Report of an investigation of the epidemic of malarial fever in Assam, or, kala-azar
Disease focus: Malaria
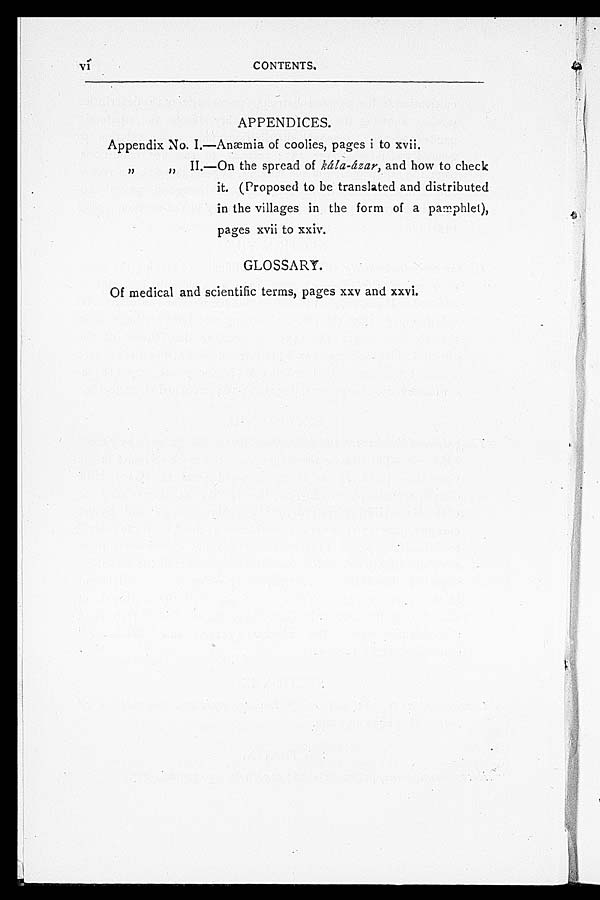
vi
CONTENTS.
APPENDICES.
Appendix No. I.—Anæmia of coolies, pages i to xvii.
,, ,, II.—On the spread of kála-ázar, and how to check
it. (Proposed to be translated and distributed
in the villages in the form of a pamphlet),
pages xvii to xxiv.
GLOSSARY.
Of medical and scientific terms, pages xxv and xxvi.